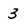
Character: 3